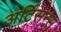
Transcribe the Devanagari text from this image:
अर्टिसन्स